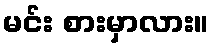
မင်း စားမှာလား။